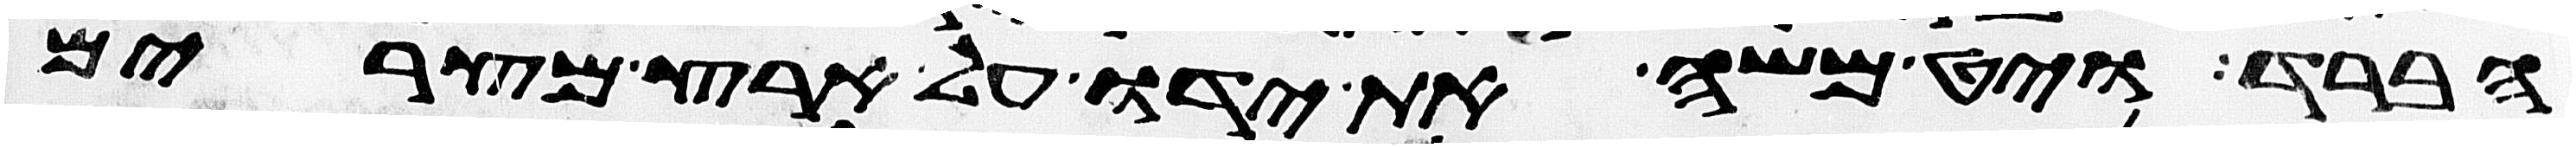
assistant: הברד ויט משה את ידו על ארץ מצרים